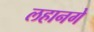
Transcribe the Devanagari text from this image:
लहानगे